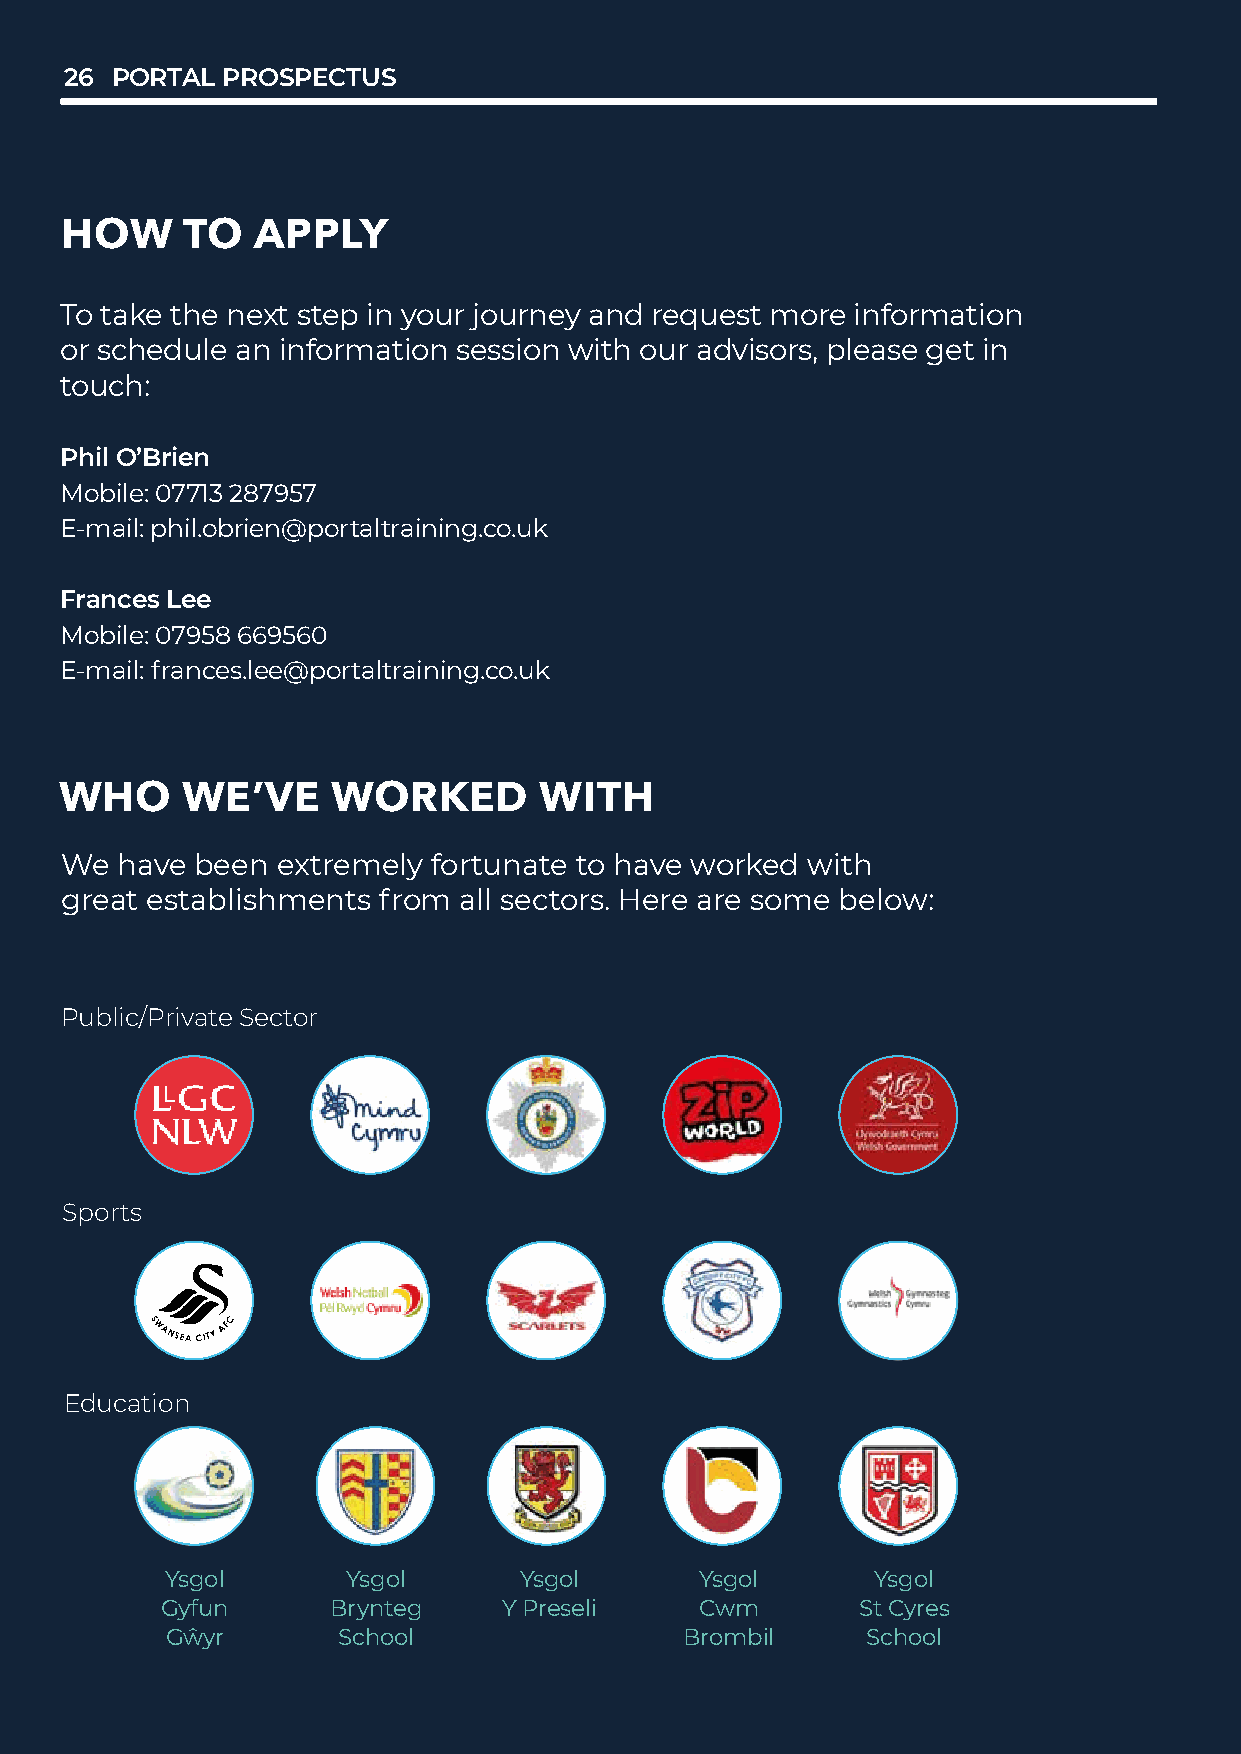
26 PORTAL  PROSPECTUS
 HOW     TO   APPLY
 To take the next step in your journey and request more information
 or schedule an information session with our advisors, please get in
 touch:
 Phil O’Brien
 Mobile: 07713 287957
 E-mail: phil.obrien@portaltraining.co.uk
 Frances Lee
 Mobile: 07958 669560
 E-mail: frances.lee@portaltraining.co.uk
 WHO     WE’VE     WORKED        WITH
 We  have been extremely fortunate to have worked with
 great establishments from all sectors. Here are some below:
 Public/Private Sector
 Sports
 Education
 Ysgol       Ysgol      Ysgol       Ysgol       Ysgol
 Gyfun      Brynteg    Y Preseli    Cwm        St Cyres
 Gŵyr       School                 Brombil     School